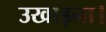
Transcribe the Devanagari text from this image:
उखाड़ना।